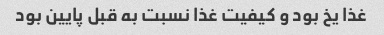
غذا یخ بود و کیفیت غذا نسبت به قبل پایین بود